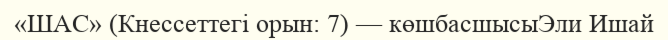
«ШАС» (Кнессеттегі орын: 7) — көшбасшысыЭли Ишай